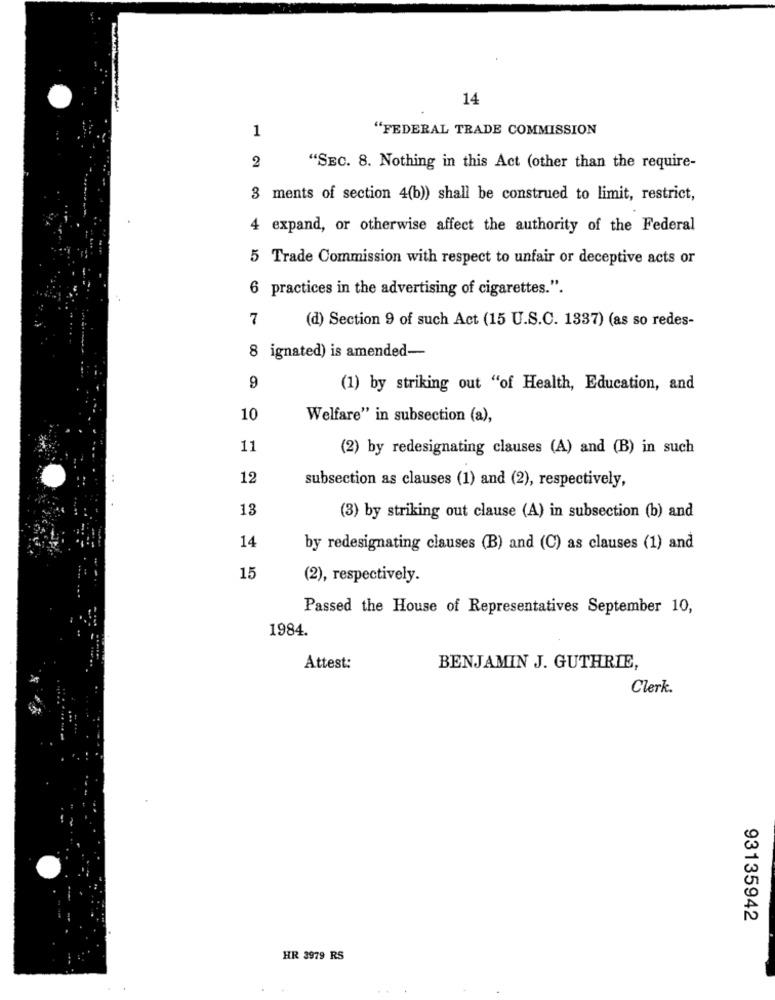
14
1
"FEDERAL TRADE COMMISSION
2
"SEC. 8. Nothing in this Act (other than the require-
3 ments of section 4(b)) shall be construed to limit, restrict,
4 expand, or otherwise affect the authority of the Federal
5 Trade Commission with respect to unfair or deceptive acts or
6 practices in the advertising of cigarettes.".
7
(d) Section 9 of such Act (15 U.S.C. 1337) (as so redes-
8 ignated) is amended-
9
(1) by striking out "of Health, Education, and
10
Welfare" in subsection (a),
11
(2) by redesignating clauses (A) and (B) in such
12
subsection as clauses (1) and (2), respectively,
13
(3) by striking out clause (A) in subsection (b) and
14
by redesignating clauses (B) and (C) as clauses (1) and
15
(2), respectively.
Passed the House of Representatives September 10,
1984.
Attest:
BENJAMIN J. GUTHRIE,
Clerk.
93135942
HR 3979 RS